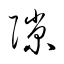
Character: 隙